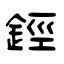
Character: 鋞